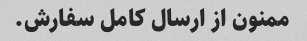
ممنون از ارسال کامل سفارش.